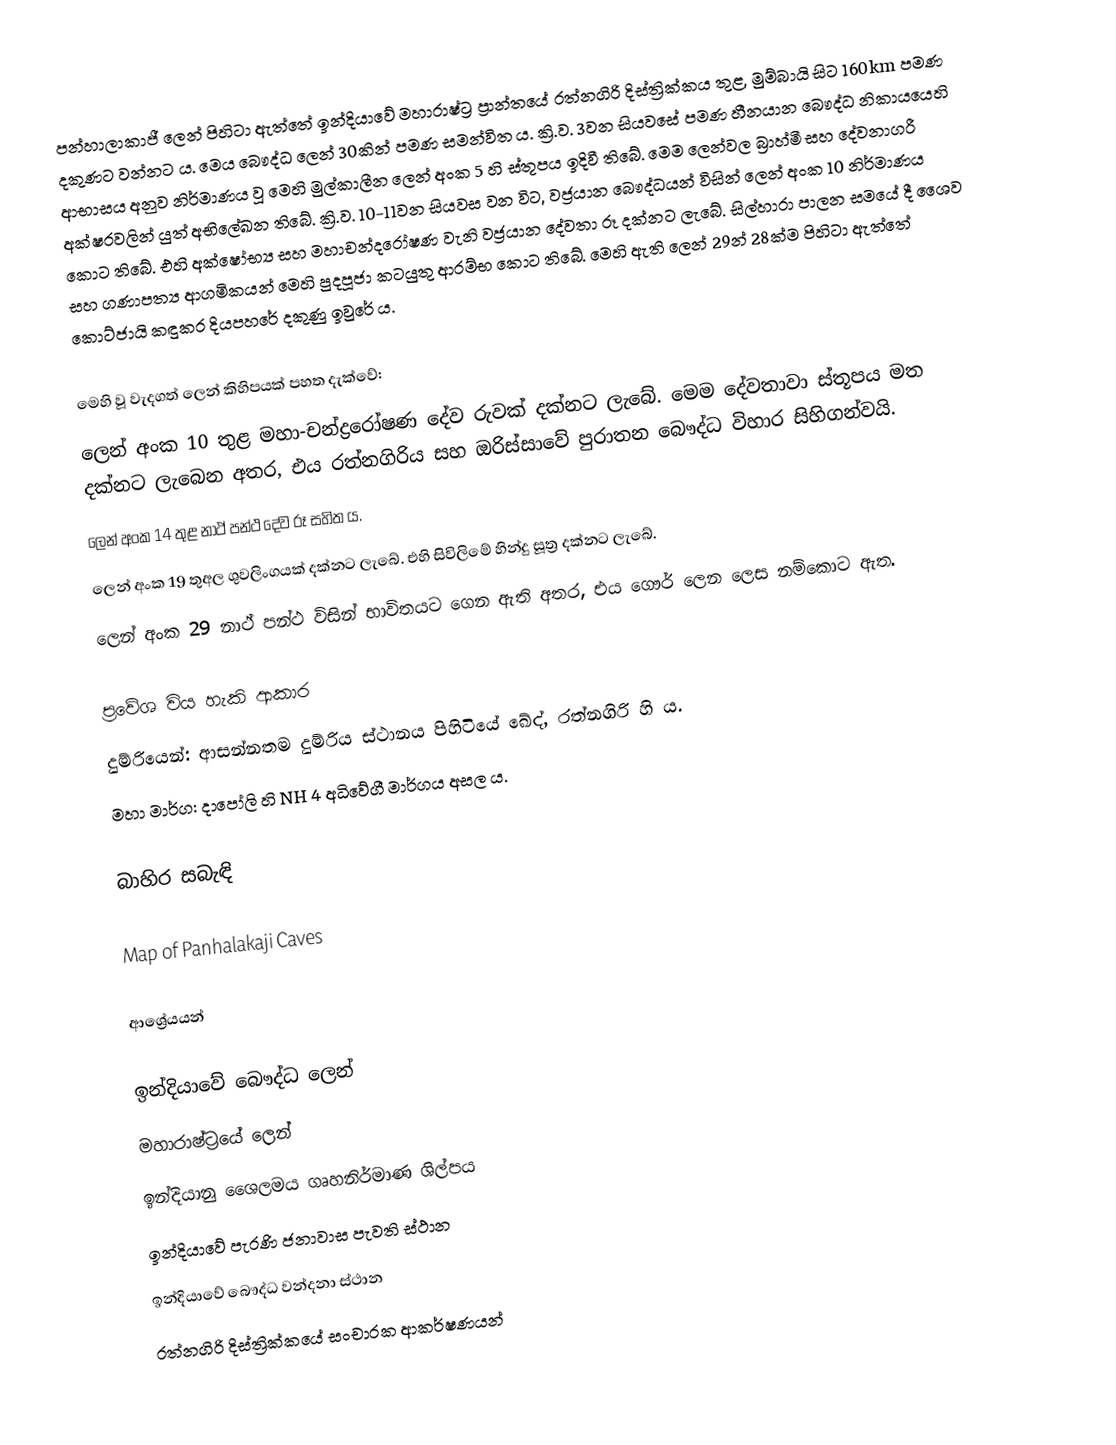
පන්හාලාකාජී ලෙන් පිහිටා ඇත්තේ ඉන්දියාවේ මහාරාෂ්ට්‍ර ප්‍රාන්තයේ රත්නගිරි දිස්ත්‍රික්කය තුළ, මුම්බායි සිට 160km පමණ දකුණට වන්නට ය. මෙය බෞද්ධ ලෙන් 30කින් පමණ සමන්විත ‍ය. ක්‍රි.ව. 3වන සියවසේ පමණ හීනයාන බෞද්ධ නිකායයෙහි ආභාසය අනුව නිර්මාණය වූ මෙහි මුල්කාලීන ලෙන් අංක 5 හි ස්තූපය ඉදිවී තිබේ. මෙම ලෙන්වල බ්‍රාහ්මී සහ දේවනාගරී අක්ෂරවලින් යුත් අභිලේඛන තිබේ. ක්‍රි.ව. 10-11වන සියවස වන විට, වජ්‍රයාන බෞද්ධයන් විසින් ලෙන් අංක 10 නිර්මාණය කොට තිබේ. එහි අක්ෂෝභ්‍ය සහ මහාචන්දරෝෂණ වැනි වජ්‍රයාන දේවතා රූ දක්නට ලැබේ. සිල්හාරා පාලන සමයේ දී ශෛව සහ ගණාපත්‍ය ආගමිකයන් මෙහි පුදපූජා කටයුතු ආරම්භ කොට තිබේ. මෙහි ඇති ලෙන් 29න් 28ක්ම පිහිටා ඇත්තේ කොට්ජායි කඳුකර දියපහරේ දකුණු ඉවුරේ ය.

මෙහි වූ වැදගත් ලෙන් කිහිපයක් පහත දැක්වේ:
ලෙන් අංක 10 තුළ මහා-චන්ද්‍රරෝෂණ දේව රුවක් දක්නට ලැබේ. මෙම දේවතාවා ස්තූපය මත දක්නට ලැබෙන අතර, එය රත්නගිරිය සහ ඔරිස්සාවේ පුරාතන බෞද්ධ විහාර සිහිගන්වයි.
ලෙන් අංක 14 තුළ නාථ් පන්ථ දේව රූ සහිත ය.
ලෙන් අංක 19 තුඅල ශුවලිංගයක් දක්නට ලැබේ. එහි සිවිලිමේ හින්දු සූත්‍ර දක්නට ලැබේ.
ලෙන් අංක 29 නාථ් පන්ථ විසින් භාවිතයට ගෙන ඇති අතර, එය ගෞර් ලෙන ලෙස නම්කොට ඇත.

ප්‍රවේශ විය හැකි ආකාර
දුම්රියෙන්: ආසන්නතම දුම්රිය ස්ථානය පිහිටියේ ඛේද්, ‍රත්නගිරි හි ය.
මහා මාර්ග: දාපෝලි හි NH 4 අධිවේගී මාර්ගය අසල ය.

බාහිර සබැඳි

 Map of Panhalakaji Caves

ආශ්‍රේයයන්

ඉන්දියාවේ බෞද්ධ ලෙන්
මහාරාෂ්ට්‍රයේ ලෙන්
ඉන්දියානු ශෛලමය ගෘහනිර්මාණ ශිල්පය
ඉන්දියාවේ පැරණි ජනාවාස පැවති ස්ථාන
ඉන්දියාවේ බෞද්ධ වන්දනා ස්ථාන
රත්නගිරි දිස්ත්‍රික්කයේ සංචාරක ආකර්ෂණයන්